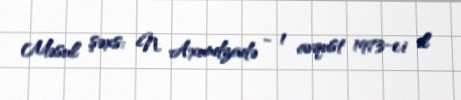
Məsul şəxs: N. Axundzadə - 1 avqust 1973-ci il